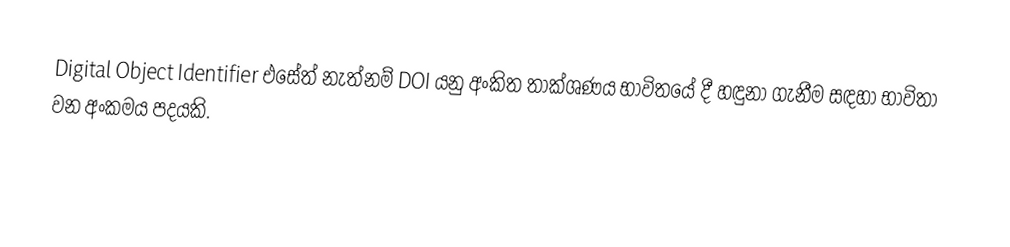
Digital Object Identifier එසේත් නැත්නම් DOI යනු අංකිත තාක්ශණය භාවිතයේ දී හඳුනා ගැනීම සඳහා භාවිතා වන අංකමය පදයකි.